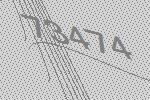
73474